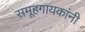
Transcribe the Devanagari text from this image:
समूहगायकांनी